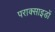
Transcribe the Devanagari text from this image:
पराक्साइडों